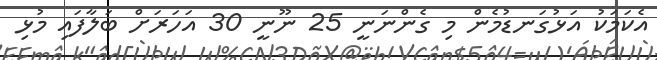
އެކަމަކު އަޅުގަނޑުމެން މި ގެންނަނީ 25 ނޫނީ 30 އަހަރަށް ބަލާފައި މުޅި